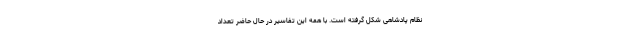
نظام پادشاهی شکل گرفته است. با همه این‌ تفاسیر در حال حاضر تعداد